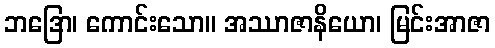
ဘဒြော၊ ကောင်းသော။ အဿာဇာနိယော၊ မြင်းအာဇာ